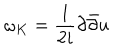
\omega _ { K } = \frac { 1 } { 2 i } \partial { \bar { \partial } } u